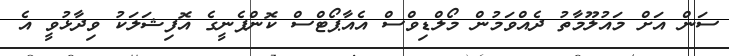
ސަން އަށް މައުލޫމާތު ދެއްވަމުން މޯލްޑިވްސް އެއާޕޯޓްސް ކޮންޕެނީގެ އޮފިޝަލަކު ވިދާޅުވީ އެ